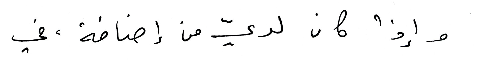
وإذا كان لديّ من إضافة، في